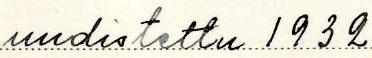
uudistettu 1932